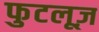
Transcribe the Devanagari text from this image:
फुटलूज़